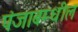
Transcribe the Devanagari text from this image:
पंजाबम्धील